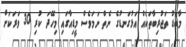
މާބޮޑު ތަޖުރިބާތަކެއް އަޅުގަނޑުގެ ނެތް ނަމަވެސް މީޑިއާގައި މިހޭދަ ކުރި 30 ވަރަކަށް